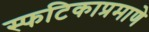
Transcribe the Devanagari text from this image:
स्फटिकाप्रमाणे